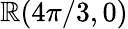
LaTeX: \mathbb{R}(4\pi/3,0)